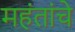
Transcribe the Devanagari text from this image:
महंतांचे